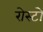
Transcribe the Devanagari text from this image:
रोस्टो